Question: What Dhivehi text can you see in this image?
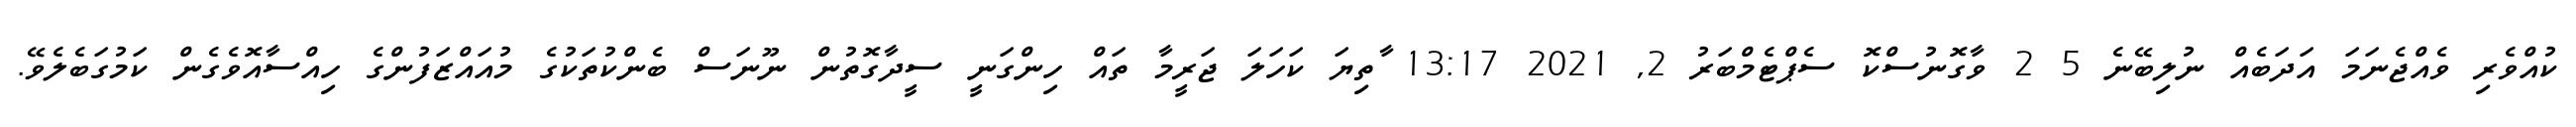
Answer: ކުއްވެރި ވެއްޖެނަމަ އަދަބެއް ނުލިބޭނެ 5 2 ވާގޮނުސްކޮ ސެޕްޓެމްބަރު 2, 2021 13:17 ާތިޔަ ކަހަލަ ޖަރީމާ ތައް ހިންގަނީ ސީދާގޮތުން ނޫނަސް ބެންކުތަކުގެ މުއައްޒަފުންގެ ހިއްސާއޮވެގެން ކަމުގަބެލެވޭ.